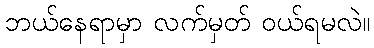
ဘယ်နေရာမှာ လက်မှတ် ဝယ်ရမလဲ။